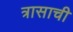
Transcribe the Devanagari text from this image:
त्रासाची